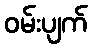
ဝမ်းပျက်